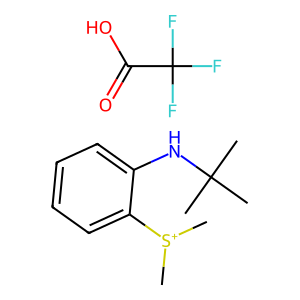
SMILES: C[S+](C)c1ccccc1NC(C)(C)C.O=C(O)C(F)(F)F
Inhibits HIV replication: No